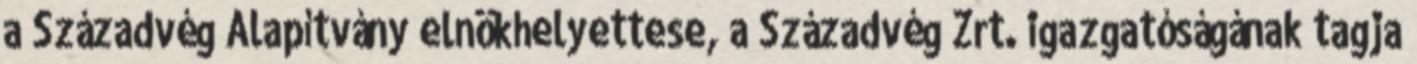
a Századvég Alapítvány elnökhelyettese, a Századvég Zrt. igazgatóságának tagja